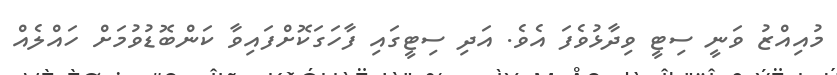
މުއިއްޒު ވަނީ ސިޓީ ވިދާޅުވެފަ އެވެ. އަދި ސިޓީގައި ފާހަގަކޮށްފައިވާ ކަންބޮޑުވުމަށް ހައްލެއް